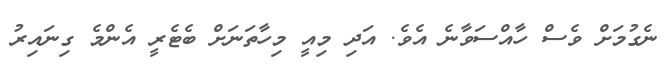
ނެގުމަށް ވެސް ހާއްސަވާނެ އެވެ. އަދި މިއީ މިހާތަނަށް ބެޓެރީ އެންމެ ގިނައިރު